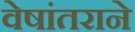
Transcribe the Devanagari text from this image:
वेषांतराने